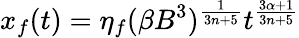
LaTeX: x_{f}(t)=\eta_{f}(\beta B^{3})^{\frac{1}{3n+5}}t^{\frac{3\alpha+1}{3n+5}}